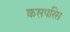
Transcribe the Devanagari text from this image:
कसपरिस